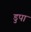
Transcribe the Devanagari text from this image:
डुपा